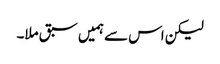
لیکن اس سے ہمیں سبق ملا۔